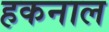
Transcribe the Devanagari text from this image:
हकनाल